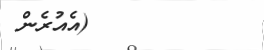
١٨         (އެއުރެން